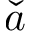
\check { a }